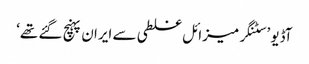
آڈیو ’سٹنگر میزائل غلطی سے ایران پہنچ گئے تھے‘